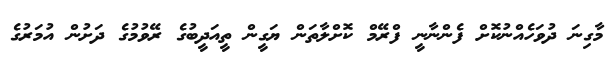
މާގިނަ ދުވަހެއްނުކޮށް ފެންނާނީ ފްރޭމް ކޮށްލާތަން ޔަގީން ތީއަދީބުގެ ރޭވުމުގެ ދަށުން އުމަރުގެ